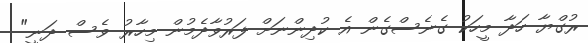
ރުގްޔާ ހަދާ މީހަކު ގެނެސްގެން އެ ކުދިންނަށް ފަރުވާދެމުން މިހާރު ވެސް ދަނީ"